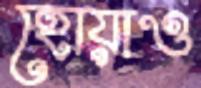
হোয়াও